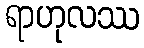
ရာဟုလဿ